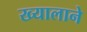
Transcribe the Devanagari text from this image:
ख्यालाने